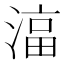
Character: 𬈠